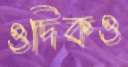
ওদিকও